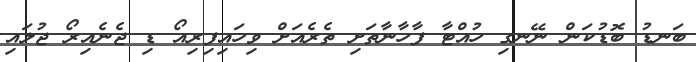
ބަނޑު ބޮޑުކަން ނޭނގި ހުއްޓާ ފާހާނާތަށި ތެރެއަށް ވިހައިފިރިއޯ ޑި ޖެނެއިރޯ ޖުލައި